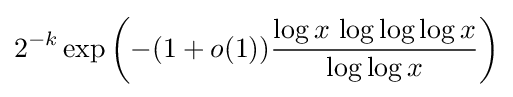
2^{-k}\exp \left(-(1+o(1)){\frac {\log x\,\log \log \log x}{\log \log x}}\right)